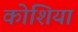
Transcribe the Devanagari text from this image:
कोशिया